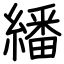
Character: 繙